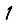
Digit: 1